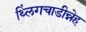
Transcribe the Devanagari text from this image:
थ्लिंगचाडीन्नेह